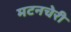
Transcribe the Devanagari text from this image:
मटनचेरी